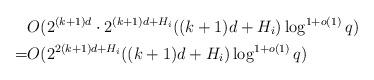
LaTeX: \begin{align*}&O(2^{(k+1)d}\cdot 2^{(k+1)d+H_i}((k+1)d+H_i)\log^{1+o(1)}{q}) \\=&O(2^{2(k+1)d+H_i}((k+1)d+H_i)\log^{1+o(1)}{q})\end{align*}